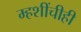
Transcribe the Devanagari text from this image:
म्हशींचीही